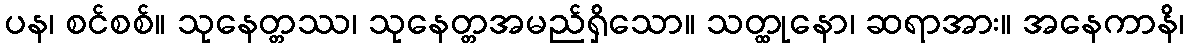
ပန၊ စင်စစ်။ သုနေတ္တဿ၊ သုနေတ္တအမည်ရှိသော။ သတ္ထုနော၊ ဆရာအား။ အနေကာနိ၊